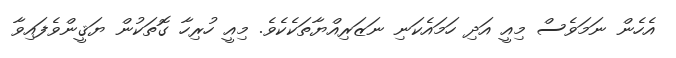
އެހެން ނަމަވެސް މިއީ އަދި ހަމައެކަނި ނަޒަރިއްޔާތަކެކެވެ. މިއީ ހުރިހާ ގޮތަކުން ޔަޤީންވެފައިވާ